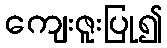
ကျေးဇူးပြု၍